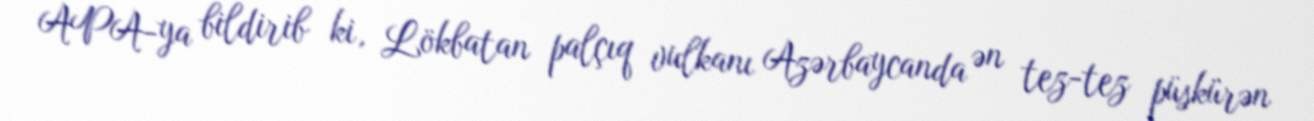
APA-ya bildirib ki, Lökbatan palçıq vulkanı Azərbaycanda ən tez-tez püskürən